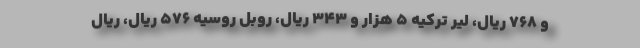
و ۷۶۸ ریال، لیر ترکیه ۵ هزار و ۳۴۳ ریال، روبل روسیه ۵۷۶ ریال، ریال